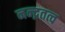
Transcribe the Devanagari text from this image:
नन्द्नतत्व